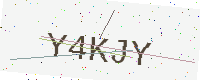
Text: Y4KJY